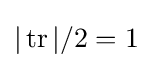
|\operatorname {tr} |/2=1